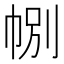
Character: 𢃉